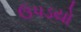
ઉપડયો